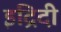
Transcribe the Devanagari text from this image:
इंद्रिदी